Punjab Mental Hospital Lahore 1932-46 - 1932-1946
Year: 1932
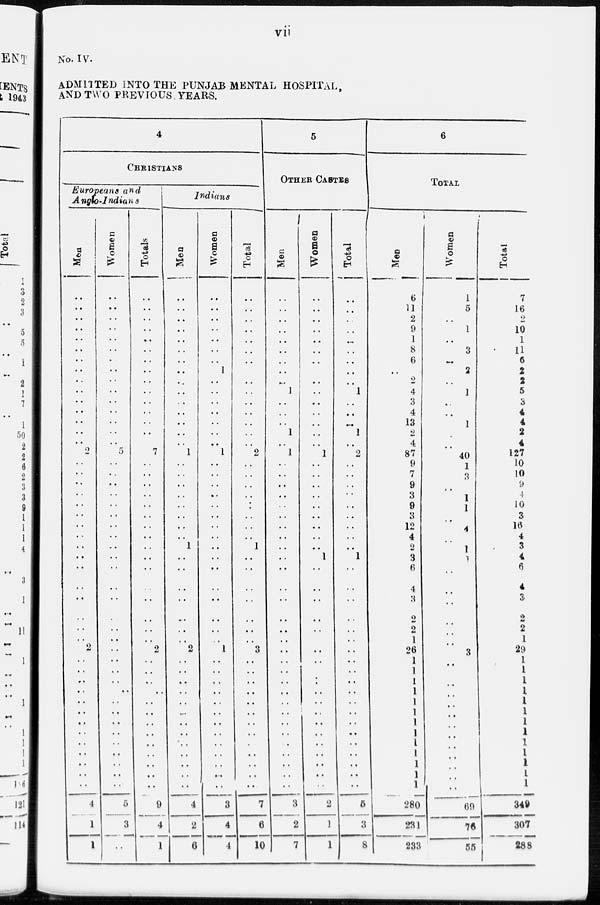
vii
No. IV.
ADMITTED INTO THE PUNJAB MENTAL HOSPITAL,
AND TWO PREVIOUS YEARS.
4
CHRISTIANS
Europeans and
Anglo-Indians
Men
..
..
..
..
..
..
..
..
..
..
..
..
..
..
..
2
..
..
..
..
..
..
..
..
..
..
..
..
..
..
..
..
..
..
..
..
..
..
..
..
..
..
..
..
..
..
4
1
1
Women
..
..
..
..
..
..
..
..
..
..
..
..
..
..
..
5
..
..
..
..
..
..
..
..
..
..
..
..
..
..
..
..
..
..
..
..
..
..
..
..
..
..
..
..
..
..
5
3
..
Totals
..
..
..
..
..
..
..
..
..
..
..
..
..
..
..
7
..
..
..
..
..
..
..
..
..
..
..
..
..
..
..
..
2
..
..
..
..
..
..
..
..
..
..
..
..
..
9
4
1
Indians
Men
..
..
..
..
..
..
..
..
..
..
..
..
..
..
..
1
..
..
..
..
..
..
..
..
1
..
..
..
..
..
..
..
2
..
..
..
..
..
..
..
..
..
..
..
..
..
4
2
6
Women
..
..
..
..
..
..
..
1
..
..
..
..
..
..
..
1
..
..
..
..
..
..
..
..
..
..
..
..
..
..
..
..
1
..
..
..
..
..
..
..
..
..
..
..
..
..
3
4
4
Total
..
..
..
..
..
..
..
..
..
..
..
..
..
..
..
2
..
..
..
..
..
..
..
..
1
..
..
..
..
..
..
..
3
..
..
..
..
..
..
..
..
..
..
..
..
..
7
6
10
5
OTHER CASTES
Men
..
..
..
..
..
..
..
..
..
1
..
..
..
1
..
1
..
..
..
..
..
..
..
..
..
..
..
..
..
..
..
..
..
..
..
..
..
..
..
..
..
..
..
..
..
..
3
2
7
Women
..
..
..
..
..
..
..
..
..
..
..
..
..
..
..
1
..
..
..
..
..
..
..
..
..
1
..
..
..
..
..
..
..
..
..
..
..
..
..
..
..
..
..
..
..
..
2
1
1
Total
..
..
..
..
..
..
..
..
..
1
..
..
..
1
..
2
..
..
..
..
..
..
..
..
..
1
..
..
..
..
..
..
..
..
..
..
..
..
..
.. ..
..
..
..
..
..
5
3
8
6
TOTAL
Men
6
11
2
9
1
8
6
..
2
4
3
4
13
2
4
87
9
7
9
3
9
3
12
4
2
3
6
4
3
2
2
1
26
1
1
1
1
1
1
1
1
1
1
1
1
1
280
231
233
Women
1
5
..
1
..
3
..
2
..
1
..
..
1
..
40
1
3
..
1
1
..
4
..
1
1
..
..
..
..
..
..
3
..
..
..
..
..
..
..
..
..
..
..
..
..
69
76
55
Total
7
16
2
10
1
11
6
2
2
5
3
4
4
2
4
127
10
10
9
4
10
3
16
4
3
4
6
4
3
2
2
1
29
..
1
1
1
1
1
1
1
1
1
1
1
1
349
307
288